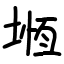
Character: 堩